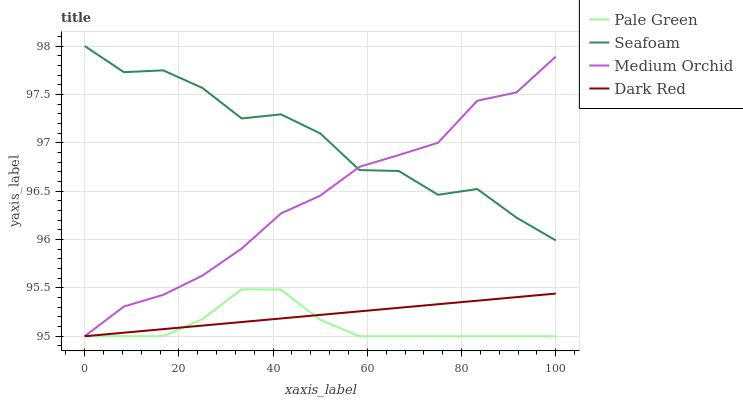
| xaxis_label | Pale Green | Seafoam | Medium Orchid | Dark Red |
 | --- | --- | --- | --- | --- |
 | 0 | 95 | 98 | 95 | 95 |
 | 8.33 | 95 | 97.7 | 95.3 | 95 |
 | 16.7 | 95 | 97.7 | 95.4 | 95.1 |
 | 25 | 95.2 | 97.6 | 95.6 | 95.1 |
 | 33.3 | 95.5 | 97.3 | 95.9 | 95.1 |
 | 41.7 | 95.5 | 97.3 | 96.3 | 95.2 |
 | 50 | 95.2 | 97.1 | 96.5 | 95.2 |
 | 58.3 | 95 | 96.7 | 96.8 | 95.3 |
 | 66.7 | 95 | 96.7 | 96.9 | 95.3 |
 | 75 | 95 | 96.5 | 97 | 95.3 |
 | 83.3 | 95 | 96.5 | 97.4 | 95.4 |
 | 91.7 | 95 | 96.2 | 97.5 | 95.4 |
 | 100 | 95 | 96 | 97.9 | 95.4 |